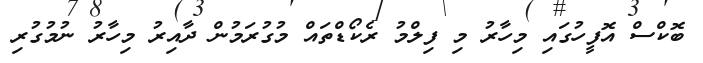
ބޮކްސް އޮފީހުގައި މިހާރު މި ފިލްމު ރެކޯޑްތައް މުގުރަމުން ދާއިރު މިހާރު ނުމުގުރި